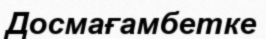
Досмағамбетке